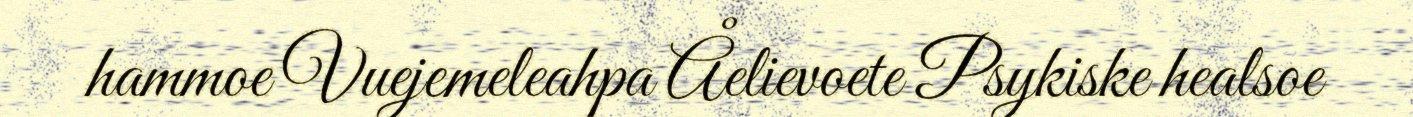
hammoe Vuejemeleahpa Åelievoete Psykiske healsoe